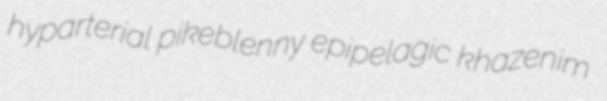
hyparterial pikeblenny epipelagic khazenim